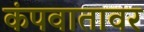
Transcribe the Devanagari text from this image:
कंपवातावर